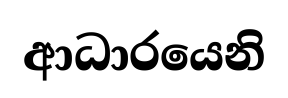
ආධාරයෙනි